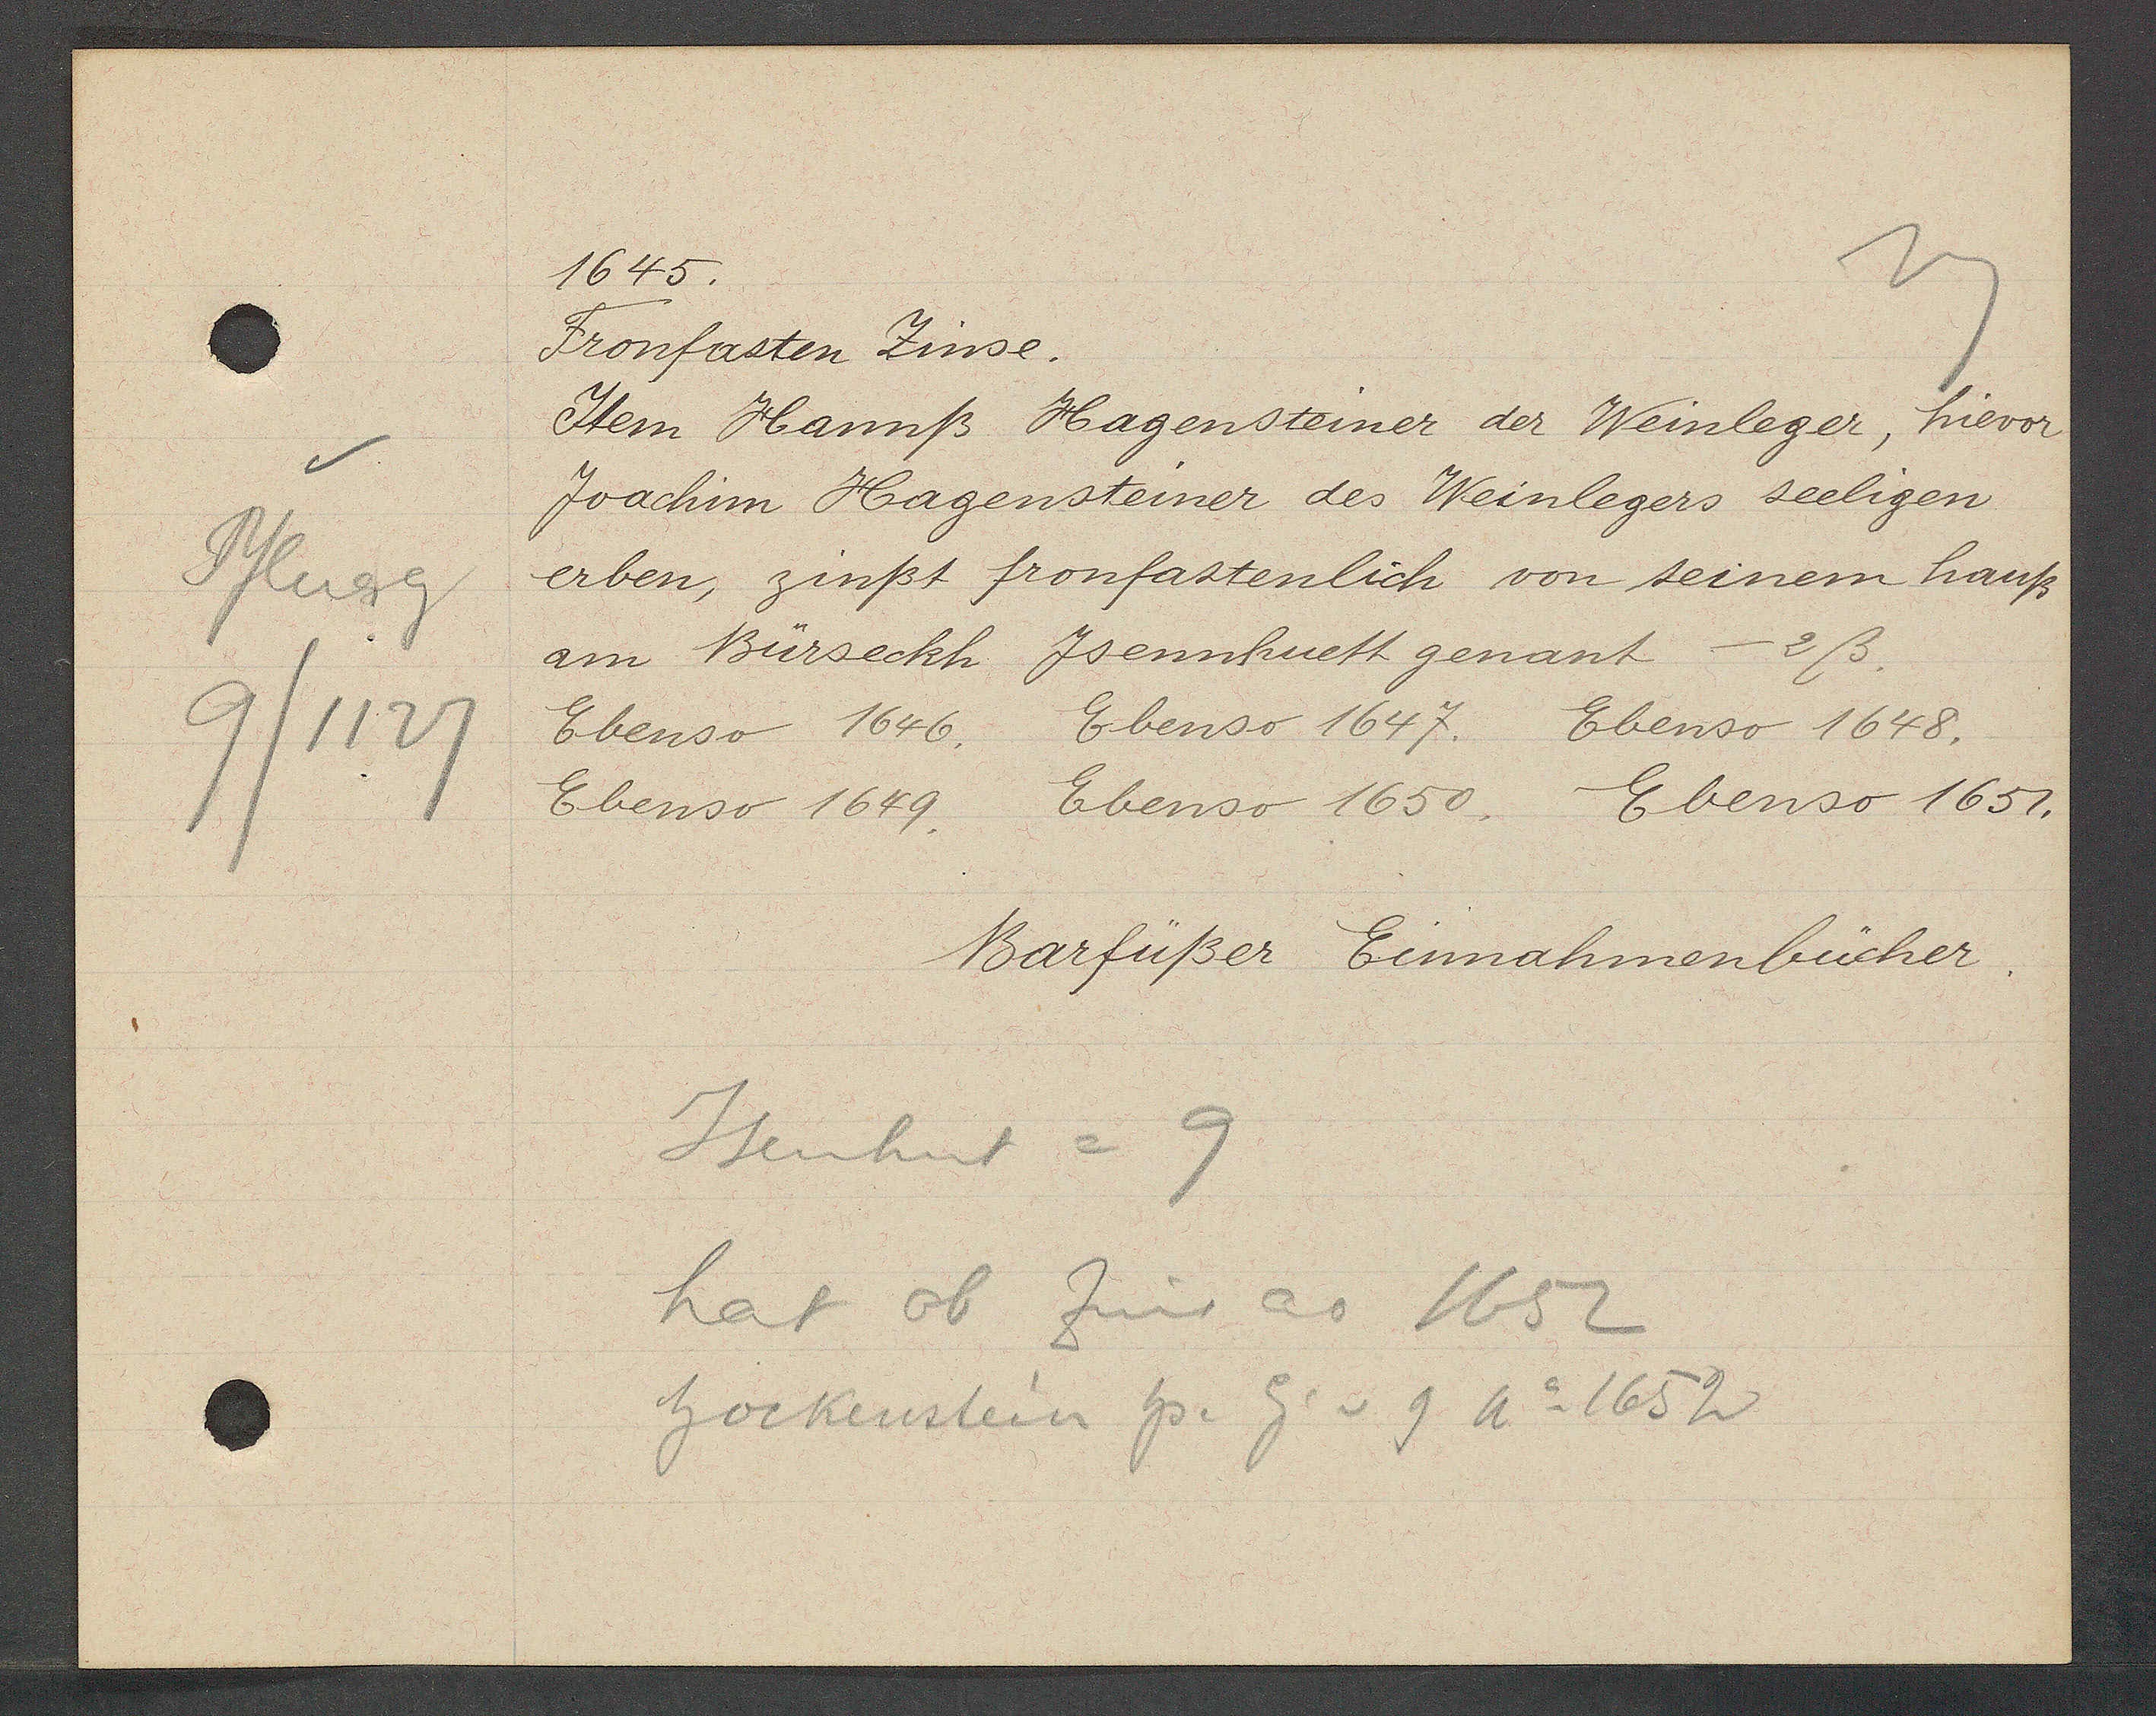
Transcript:
Pflueg
9/1127

1645.

Fronfasten Zinse.
Item Hannß Hagensteiner der Weinleger, hievor
Joachim Hagensteiner des Weinlegers seeligen
erben, zinßt fronfastenlich von seinem hauß
am Bürseckh Jsennhuett genant - 2ß.
Ebenso 1647.
Ebenso 1648.
Ebenso 1646.
Ebenso 1649.
Ebenso 1650. Ebenso 1651.
9

Barfüßer Einnahmenbücher

Isenhut =
hat ob Zins ao 1652
hockenstein hs. Eig v 9 Ao 1652